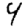
Digit: 4